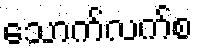
သောက်လက်စ